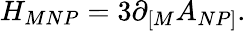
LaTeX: {H_{MNP}=3\partial_{\lbrack M}A_{NP\rbrack}.}